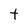
Character: t